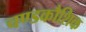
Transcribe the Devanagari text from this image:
चण्डकौशिक